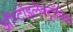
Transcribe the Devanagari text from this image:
ऑप्टोइलेक्ट्रॉनिक